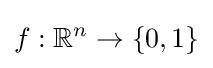
f:\mathbb {R} ^{n}\to \{0,1\}